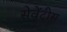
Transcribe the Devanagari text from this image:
सेवेंटीस